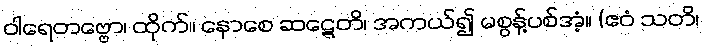
ဝါရေတဗ္ဗော၊ ထိုက်။ နောစေ ဆဋ္ဋေတိ၊ အကယ်၍ မစွန့်ပစ်အံ့။ (ဧဝံ သတိ၊